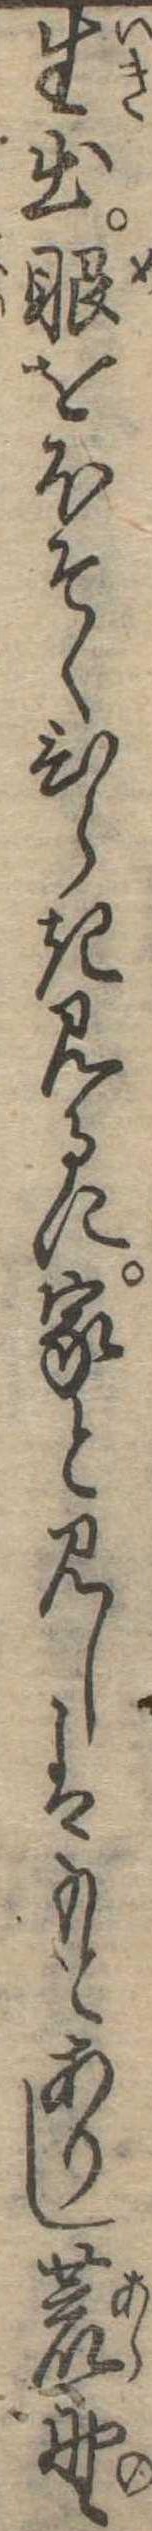
生出眼をほそくひらき見るに家と見しはもとありし荒野